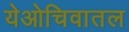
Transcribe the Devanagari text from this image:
येओचिवातल